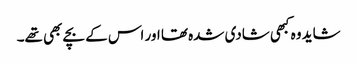
شاید وہ کبھی شادی شدہ تھا اور اس کے بچے بھی تھے۔